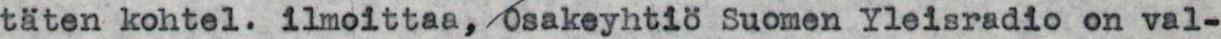
täten kohtel. ilmoittaa,/Osakeyhtiö Suomen Yleisradio on val-